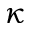
\kappa